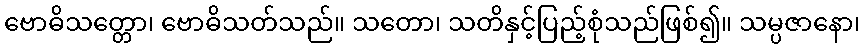
ဗောဓိသတ္တော၊ ဗောဓိသတ်သည်။ သတော၊ သတိနှင့်ပြည့်စုံသည်ဖြစ်၍။ သမ္ပဇာနော၊